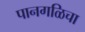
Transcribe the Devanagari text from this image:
पानगळिचा